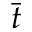
\bar { t }